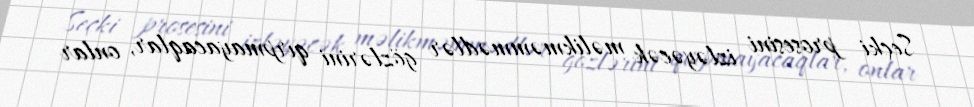
Seçki prosesini izləyəcək məlikməmmədlər gözlərini qırpmayacaqlar, onlar